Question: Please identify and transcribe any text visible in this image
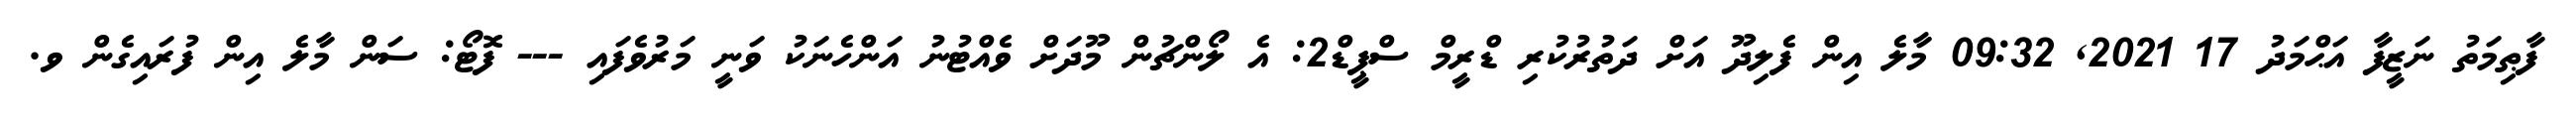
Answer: ފާޠިމަތު ނަޒީފާ އަޙްމަދު 17 2021, 09:32 މާލެ އިން ފެލިދޫ އަށް ދަތުރުކުރި ޑްރީމް ސްޕީޑް2: އެ ލޯންޗުން މޫދަށް ވެއްޓުނު އަންހެނަކު ވަނީ މަރުވެފައި --- ފޮޓޯ: ސަން މާލެ އިން ފުރައިގެން ވ.